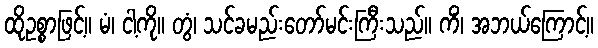
ထိုဥစ္စာဖြင့်။ မံ၊ ငါ့ကို။ တွံ၊ သင်ခမည်းတော်မင်းကြီးသည်။ ကိံ၊ အဘယ်ကြောင့်။